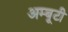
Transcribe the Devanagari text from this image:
अम्बूटी